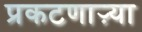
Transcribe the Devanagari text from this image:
प्रकटणाऱ्या